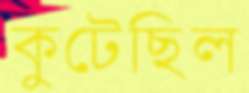
কুটেছিল